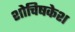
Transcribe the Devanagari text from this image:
शोचिषकेश